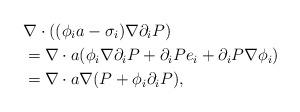
LaTeX: \begin{align*}&\nabla \cdot ((\phi_i a-\sigma_i)\nabla \partial_i P)\\&=\nabla \cdot a(\phi_i \nabla \partial_i P+\partial_i P e_i+\partial_i P\nabla \phi_i)\\&=\nabla \cdot a\nabla (P+\phi_i \partial_i P),\end{align*}